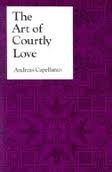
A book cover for The Art of Courtly Love; Andreas Capellanus; Literature & Fiction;